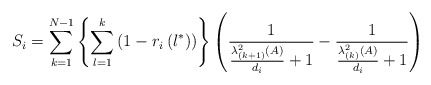
\begin{align*}S_{i}=\sum_{k=1}^{N-1}\left\{ \sum_{l=1}^{k}\left( 1-r_{i}\left( l^{\ast}\right) \right) \right\} \left( \frac{1}{\frac{\lambda_{\left(k+1\right) }^{2}(A)}{d_{i}}+1}-\frac{1}{\frac{\lambda_{\left( k\right)}^{2}(A)}{d_{i}}+1}\right) \end{align*}